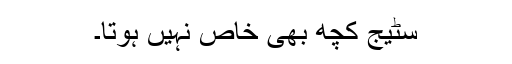
سٹیج کچھ بھی خاص نہیں ہوتا۔